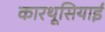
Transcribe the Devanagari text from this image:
कारथूसियाई